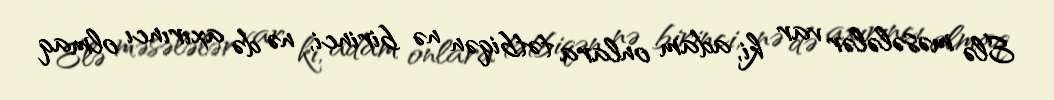
Elə məsələlər var ki, adam onlara tətbiqən nə birinci, nə də axırıncı olmaq